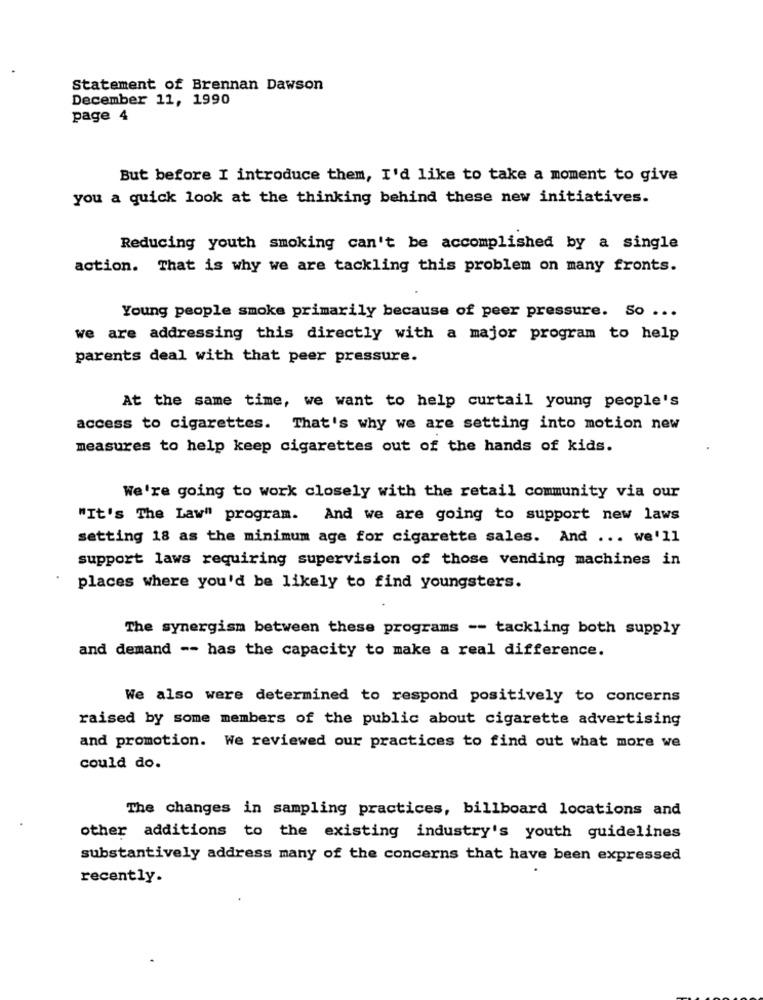
Statement of Brennan Dawson
December 11, 1990
page 4
But before I introduce them, I'd like to take a moment to give
you a quick look at the thinking behind these new initiatives.
Reducing youth smoking can't be accomplished by a single
action. That is why we are tackling this problem on many fronts.
Young people smoke primarily because of peer pressure. So ...
we are addressing this directly with a major program to help
parents deal with that peer pressure.
At the same time, we want to help curtail young people's
access to cigarettes. That's why we are setting into motion new
measures to help keep cigarettes out of the hands of kids.
We're going to work closely with the retail community via our
"It's The Law" program. And we are going to support new laws
setting 18 as the minimum age for cigarette sales. And ... we'll
support laws requiring supervision of those vending machines in
places where you'd be likely to find youngsters.
The synergism between these programs -- tackling both supply
and demand -- has the capacity to make a real difference.
We also were determined to respond positively to concerns
raised by some members of the public about cigarette advertising
and promotion. We reviewed our practices to find out what more we
could do.
The changes in sampling practices, billboard locations and
other additions to the existing industry's youth guidelines
substantively address many of the concerns that have been expressed
recently.